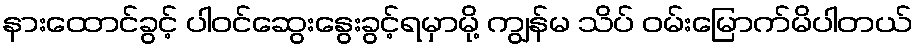
နားထောင်ခွင့် ပါဝင်ဆွေးနွေးခွင့်ရမှာမို့ ကျွန်မ သိပ် ဝမ်းမြောက်မိပါတယ်